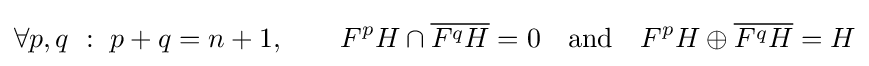
\forall p,q\ :\ p+q=n+1,\qquad F^{p}H\cap {\overline {F^{q}H}}=0\quad {\text{and}}\quad F^{p}H\oplus {\overline {F^{q}H}}=H